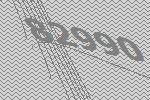
82990